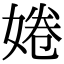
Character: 婘